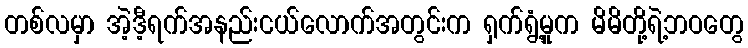
တစ်လမှာ အဲ့ဒီ့ရက်အနည်းငယ်လောက်အတွင်းက ရှက်ရွံ့မှုက မိမိတို့ရဲ့ဘဝတွေ